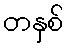
တနှစ်